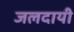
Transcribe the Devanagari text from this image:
जलदायी